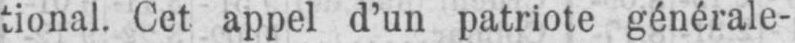
tional. Cet appel d’un patriote générale-